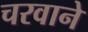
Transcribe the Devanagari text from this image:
चरवाने